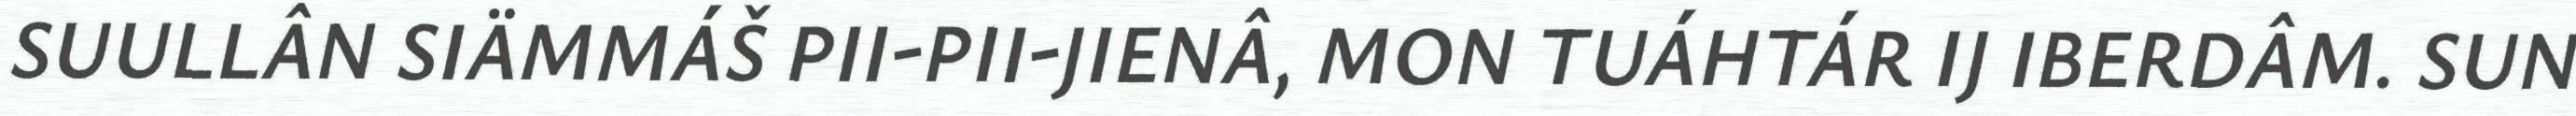
SUULLÂN SIÄMMÁŠ PII-PII-JIENÂ, MON TUÁHTÁR IJ IBERDÂM. SUN